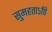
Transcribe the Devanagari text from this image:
सुमहताऽपि